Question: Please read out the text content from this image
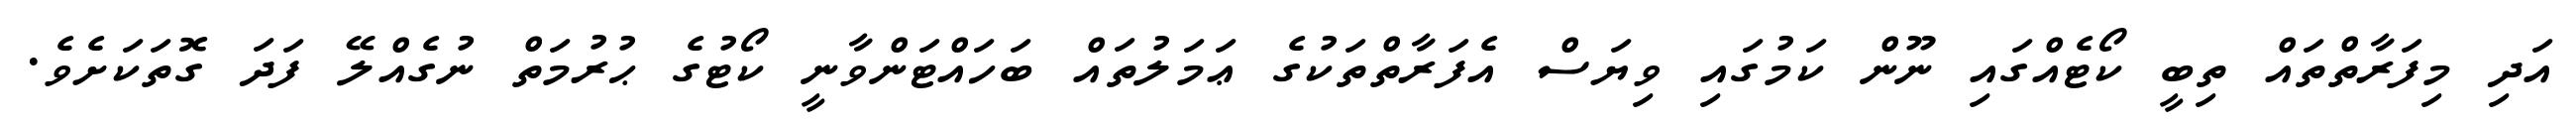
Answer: އަދި މިފަރާތްތައް ތިބީ ކޯޓެއްގައި ނޫން ކަމުގައި ވިޔަސް އެފަރާތްތަކުގެ ޢަމަލުތައް ބަހައްޓަންވާނީ ކޯޓުގެ ޙުރުމަތް ނުގެއްލޭ ފަދަ ގޮތަކަށެވެ.